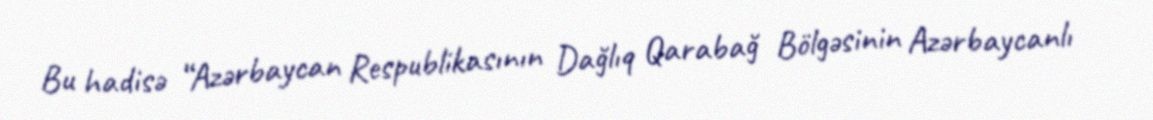
Bu hadisə “Azərbaycan Respublikasının Dağlıq Qarabağ Bölgəsinin Azərbaycanlı